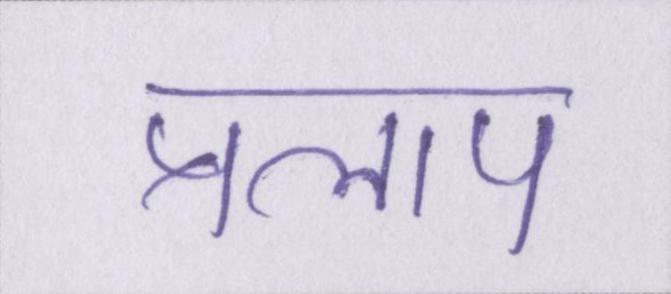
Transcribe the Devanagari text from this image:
प्रलाप